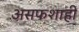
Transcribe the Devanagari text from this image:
असफशाही